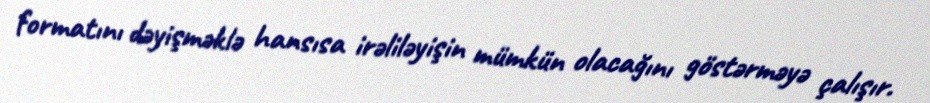
formatını dəyişməklə hansısa irəliləyişin mümkün olacağını göstərməyə çalışır.